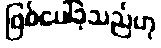
ဖြစ်ပေါ်ခဲ့သည်ဟု